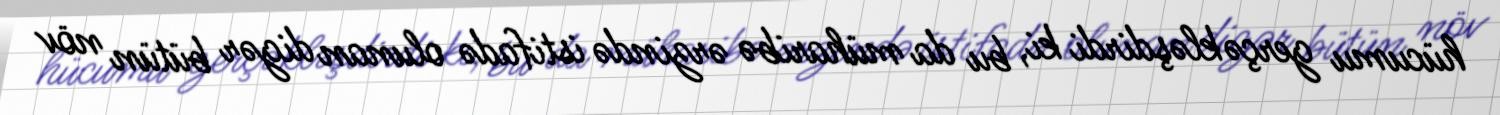
hücumu gerçəkləşdirdi ki, bu da müharibə ərzində istifadə olunan digər bütün növ